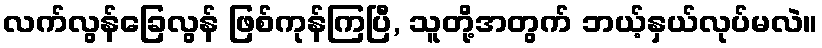
လက်လွန်ခြေလွန် ဖြစ်ကုန်ကြပြီ, သူတို့အတွက် ဘယ့်နှယ်လုပ်မလဲ။